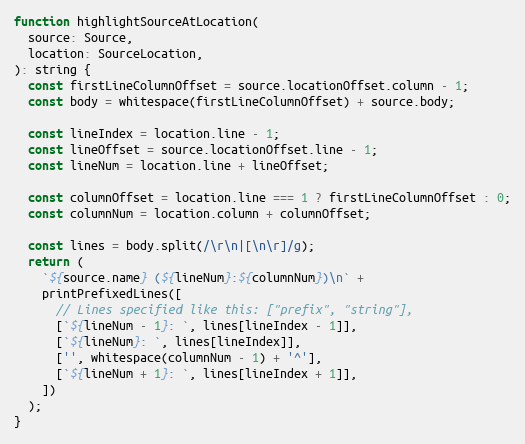
Language: JavaScript
function highlightSourceAtLocation(
  source: Source,
  location: SourceLocation,
): string {
  const firstLineColumnOffset = source.locationOffset.column - 1;
  const body = whitespace(firstLineColumnOffset) + source.body;

  const lineIndex = location.line - 1;
  const lineOffset = source.locationOffset.line - 1;
  const lineNum = location.line + lineOffset;

  const columnOffset = location.line === 1 ? firstLineColumnOffset : 0;
  const columnNum = location.column + columnOffset;

  const lines = body.split(/\r\n|[\n\r]/g);
  return (
    `${source.name} (${lineNum}:${columnNum})\n` +
    printPrefixedLines([
      // Lines specified like this: ["prefix", "string"],
      [`${lineNum - 1}: `, lines[lineIndex - 1]],
      [`${lineNum}: `, lines[lineIndex]],
      ['', whitespace(columnNum - 1) + '^'],
      [`${lineNum + 1}: `, lines[lineIndex + 1]],
    ])
  );
}